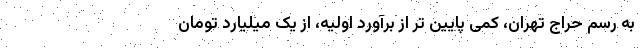
به رسم حراج تهران، کمی پایین تر از برآورد اولیه، از یک میلیارد تومان